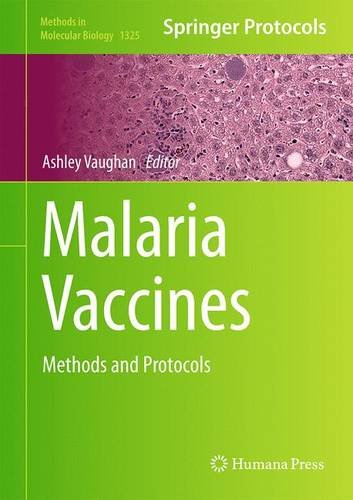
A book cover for Malaria Vaccines: Methods and Protocols (Methods in Molecular Biology); Medical Books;